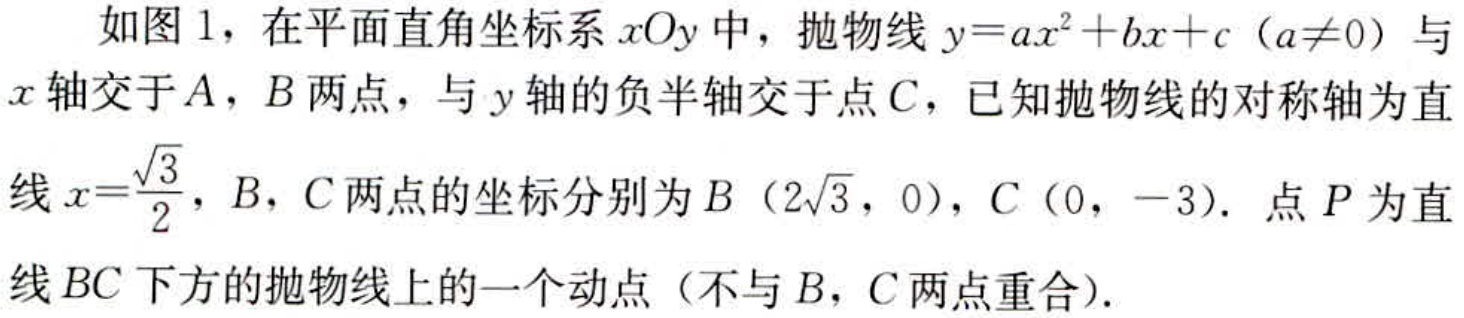
如图 1，在平面直角坐标系 \(xOy\) 中，抛物线 \(y = ax^{2}+bx + c\)（\(a\neq0\)）与 \(x\) 轴交于 \(A\)，\(B\) 两点，与 \(y\) 轴的负半轴交于点 \(C\)，已知抛物线的对称轴为直线 \(x = \frac{\sqrt{3}}{2}\)，\(B\)，\(C\) 两点的坐标分别为 \(B\)（\(2\sqrt{3}\)，\(0\)），\(C\)（\(0\)，\(-3\)）. 点 \(P\) 为直线 \(BC\) 下方的抛物线上的一个动点（不与 \(B\)，\(C\) 两点重合）.